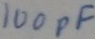
Text: 100pF